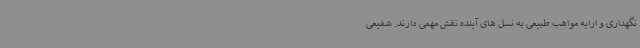
نگهداری و ارایه مواهب طبیعی به نسل های آینده نقش مهمی دارند. شفیعی